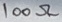
Text: 100Ω